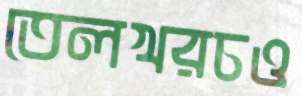
তেলখরচও